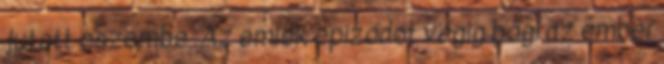
jutott eszembe .Az emlék epizódot végig bőgi az ember